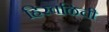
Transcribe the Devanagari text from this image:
हिरवळिची